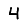
Digit: 4